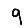
Digit: 9